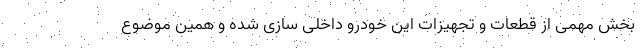
بخش مهمی از قطعات و تجهیزات این خودرو داخلی سازی شده و همین موضوع